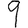
Digit: 9